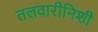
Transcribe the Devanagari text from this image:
तलवारीनिशी